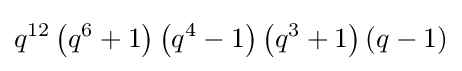
q^{12}\left(q^{6}+1\right)\left(q^{4}-1\right)\left(q^{3}+1\right)\left(q-1\right)